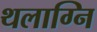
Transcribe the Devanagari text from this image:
थलाग्नि